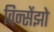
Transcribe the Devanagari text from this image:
विन्सेंझो